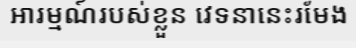
អារម្មណ៍របស់ខ្លួន វេទនានេះរមែង